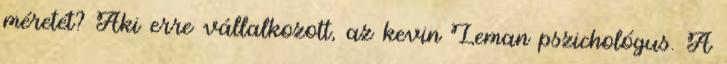
méretét? Aki erre vállalkozott, az kevin Leman pszichológus. A